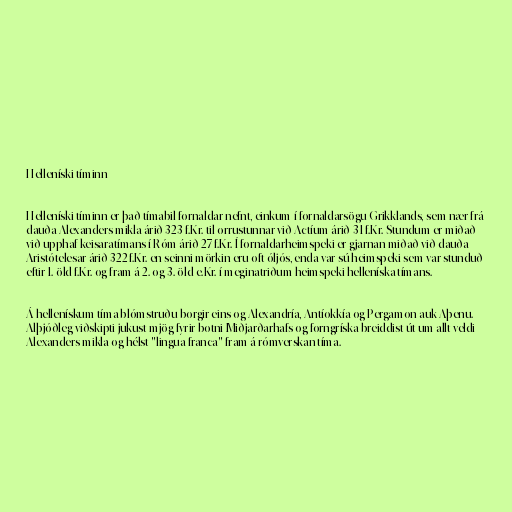
Helleníski tíminn

Helleníski tíminn er það tímabil fornaldar nefnt, einkum í fornaldarsögu Grikklands, sem nær frá
dauða Alexanders mikla árið 323 f.Kr. til orrustunnar við Actíum árið 31 f.Kr. Stundum er miðað
við upphaf keisaratímans í Róm árið 27 f.Kr. Í fornaldarheimspeki er gjarnan miðað við dauða
Aristótelesar árið 322 f.Kr. en seinni mörkin eru oft óljós, enda var sú heimspeki sem var stunduð
eftir 1. öld f.Kr. og fram á 2. og 3. öld e.Kr. í meginatriðum heimspeki helleníska tímans.

Á hellenískum tíma blómstruðu borgir eins og Alexandría, Antíokkía og Pergamon auk Aþenu.
Alþjóðleg viðskipti jukust mjög fyrir botni Miðjarðarhafs og forngríska breiddist út um allt veldi
Alexanders mikla og hélst "lingua franca" fram á rómverskan tíma.